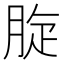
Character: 𦛔